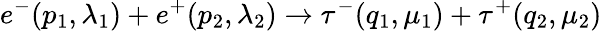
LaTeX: e^{-}(p_{1},\lambda_{1})+e^{+}(p_{2},\lambda_{2})\to\tau^{-}(q_{1},\mu_{1})+\tau^{+}(q_{2},\mu_{2})